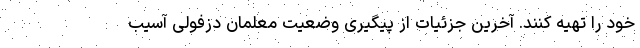
خود را تهیه کنند. آخرین جزئیات از پیگیری وضعیت معلمان دزفولی آسیب